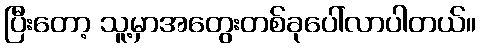
ပြီးတော့ သူ့မှာအတွေးတစ်ခုပေါ်လာပါတယ်။